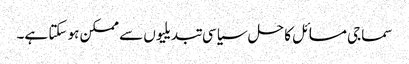
سماجی مسائل کا حل سیاسی تبدیلیوں سے ممکن ہو سکتا ہے۔